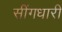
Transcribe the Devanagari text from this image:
सींगधारी